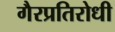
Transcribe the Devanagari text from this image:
गैरप्रतिरोधी